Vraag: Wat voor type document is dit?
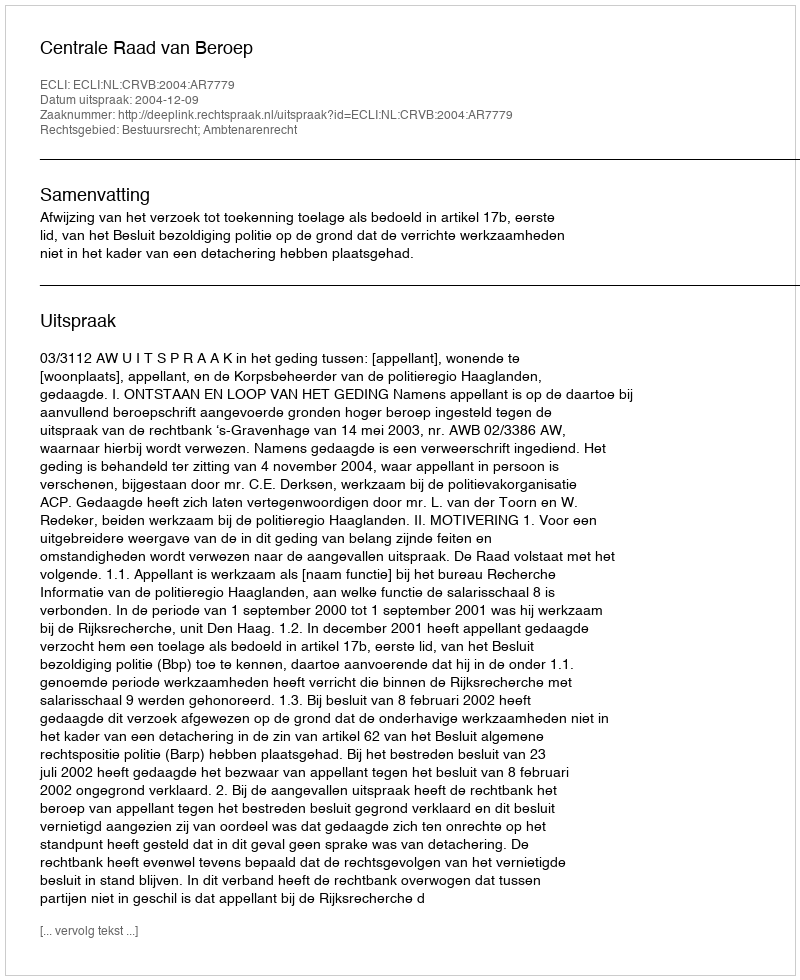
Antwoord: Uitspraak